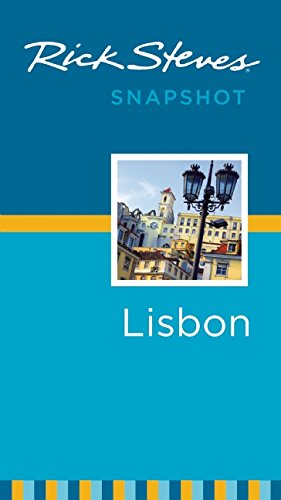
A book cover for Rick Steves Snapshot Lisbon; Rick Steves; Travel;